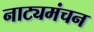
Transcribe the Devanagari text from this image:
नाट्यमंचन